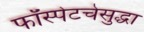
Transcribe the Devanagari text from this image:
फॉस्पेटचेसुद्धा